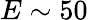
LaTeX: E\sim 50